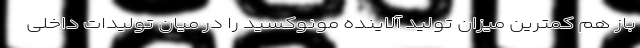
باز هم کمترین میزان تولید آلاینده مونوکسید را در میان تولیدات داخلی